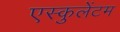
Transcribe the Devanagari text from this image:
एस्कुलेंटम